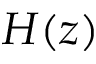
H ( z )